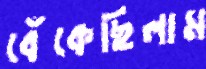
বেঁকেছিলাম